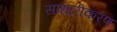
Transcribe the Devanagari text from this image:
साधारीकरण